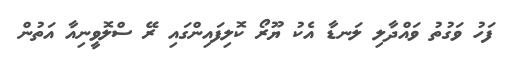
ފަހު ވަގުތު ވައްދާލި ލަނޑާ އެކު ޔޫރޯ ކޮލިފައިންގައި ރޭ ސްލޮވީނިއާ އަތުން